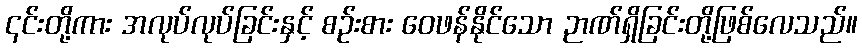
၎င်းတို့ကား အလုပ်လုပ်ခြင်းနှင့် စဉ်းစား ဝေဖန်နိုင်သော ဉာဏ်ရှိခြင်းတို့ဖြစ်လေသည်။